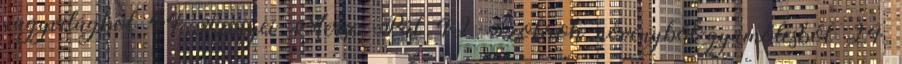
nagyvilágból 44 Szinyei Merse Pál 42 Szobrok növényből-gyümölcsből 24